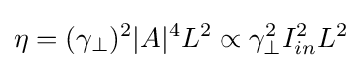
\eta =({\gamma _{\perp }})^{2}|A|^{4}L^{2}\propto \gamma _{\perp }^{2}I_{in}^{2}L^{2}